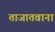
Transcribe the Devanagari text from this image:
ताजातवाना